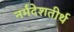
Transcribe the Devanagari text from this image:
नर्मदेशतीर्थ